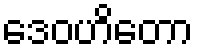
ဒေဝဟိတော